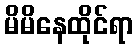
မိမိနေထိုင်ရာ